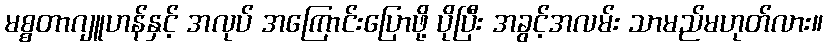
မစ္စတာဂျူဟန်နှင့် အလုပ် အကြောင်းပြောဖို့ ပိုပြီး အခွင့်အလမ်း သာမည်မဟုတ်လား။